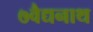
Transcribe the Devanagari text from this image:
७वैद्यनाथ